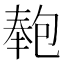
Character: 𭅏